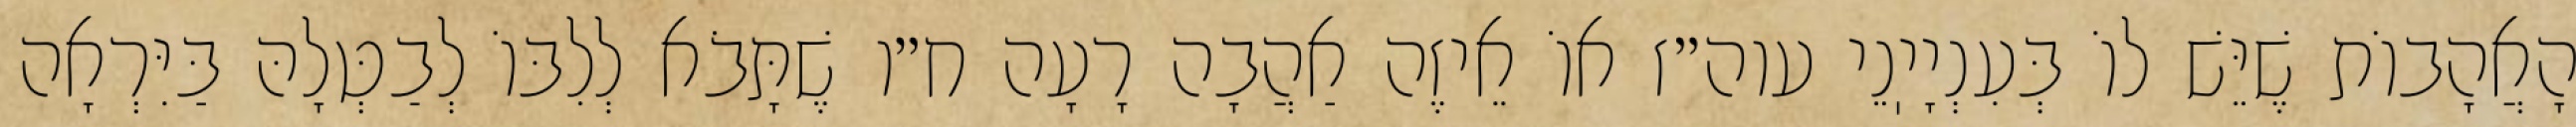
הָאֲהָבוֹת שֶׁיֵּשׁ לוֹ בְּעִנְיָיֽנֵי עוה״ז אוֹ אֵיזֶה אַהֲבָה רָעָה ח״ו שֶׁתָּבֹא לְלִבּוֹ לְבַטְּלָהּ בַּיִּרְאָה